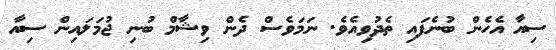
ސިއާ އެހެން ބުނެފައި ތެދުވިއެވެ. ނަމަވެސް ދެން ވިޝާމް ބުނި ޖުމަލައިން ސިއާ